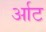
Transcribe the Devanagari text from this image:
र्आट